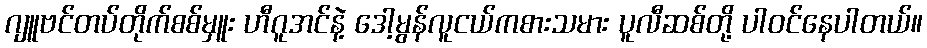
ဂျူဗင်တပ်တိုက်စစ်မှူး ဟီဂူအင်နဲ့ ဒေါ့မွန်လူငယ်ကစားသမား ပူလီဆစ်တို့ ပါဝင်နေပါတယ်။